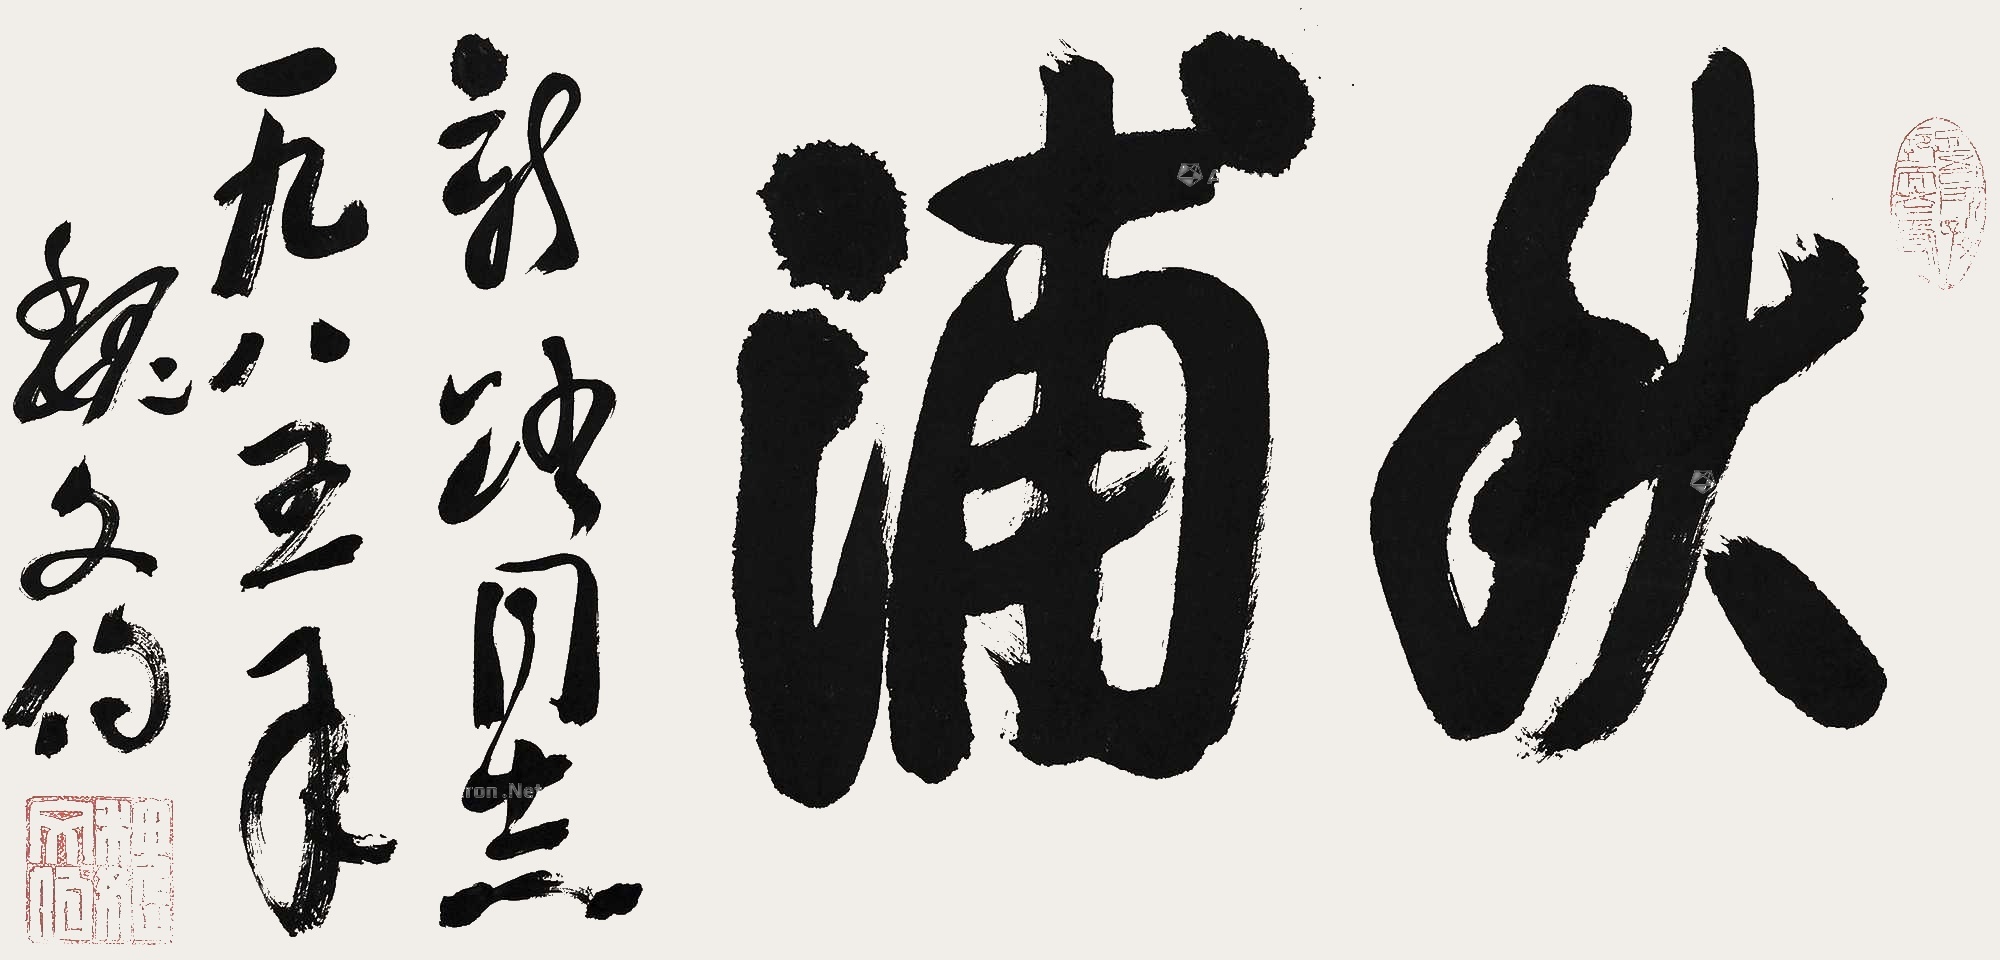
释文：秋浦新路同志。一九八五年，魏文伯。